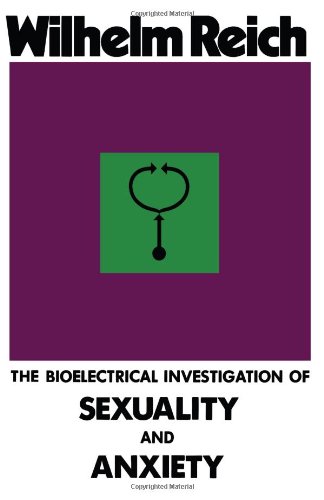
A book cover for The Bioelectrical Investigation of Sexuality and Anxiety; Wilhelm Reich; Science & Math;